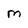
Character: M